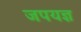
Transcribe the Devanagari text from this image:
जपयज्ञ